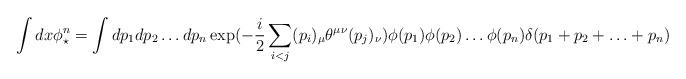
LaTeX: \begin{align*}\int dx \phi^n_\star=\int dp_1 dp_2 \ldots dp_n \exp(-\frac{i}{2}\sum_{i<j}(p_i)_\mu\theta^{\mu \nu}(p_j)_\nu) \phi(p_1)\phi(p_2)\ldots\phi(p_n) \delta(p_1+p_2+\ldots+p_n)\end{align*}